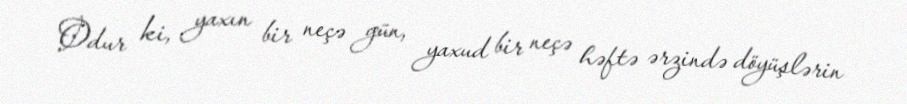
Odur ki, yaxın bir neçə gün, yaxud bir neçə həftə ərzində döyüşlərin